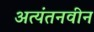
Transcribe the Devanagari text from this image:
अत्यंतनवीन